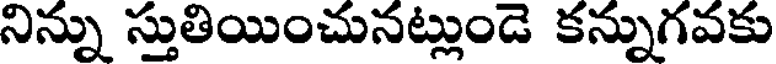
నిన్ను స్తుతియించునట్లుండె కన్నుగవకు